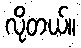
လိုတယ်။